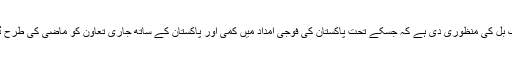
امریکی کانگریس نے حال ہی میں ایک بل کی منظوری دی ہے کہ جسکے تحت پاکستان کی فوجی امداد میں کمی اور پاکستان کے ساتھ جاری تعاون کو ماضی کی طرح ڈومور پالیسی سے مشروط کیا گیا ہے۔